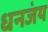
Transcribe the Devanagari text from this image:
धनजंय